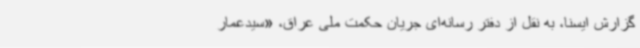
گزارش ایسنا، به نقل از دفتر رسانه‌ای جریان حکمت ملی عراق، «سیدعمار